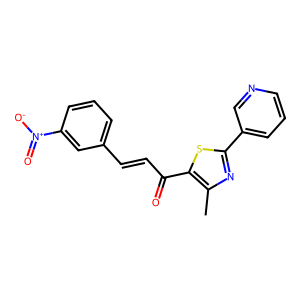
SMILES: Cc1nc(-c2cccnc2)sc1C(=O)C=Cc1cccc([N+](=O)[O-])c1
Inhibits HIV replication: No